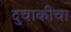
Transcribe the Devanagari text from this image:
दुचाकीचा